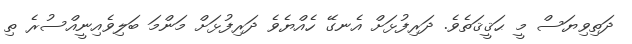
ދަތިވިޔަސް މީ ޙަޤީޤަތެވެ. ދަރިފުޅަށް އެނގޭ ހެއްޔެވެ ދަރިފުޅަށް މަންމަ ބަލިވެއިނީއްސުރެ ތި